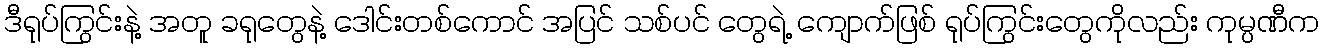
ဒီရုပ်ကြွင်းနဲ့ အတူ ခရုတွေနဲ့ ဒေါင်းတစ်ကောင် အပြင် သစ်ပင် တွေရဲ့ ကျောက်ဖြစ် ရုပ်ကြွင်းတွေကိုလည်း ကုမ္ပဏီက